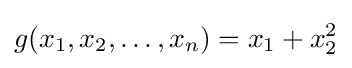
g(x_{1},x_{2},\ldots ,x_{n})=x_{1}+x_{2}^{2}